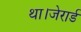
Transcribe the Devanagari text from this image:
था।जेरार्ड